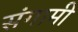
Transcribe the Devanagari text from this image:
संगामी